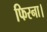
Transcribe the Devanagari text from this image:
फिरना।